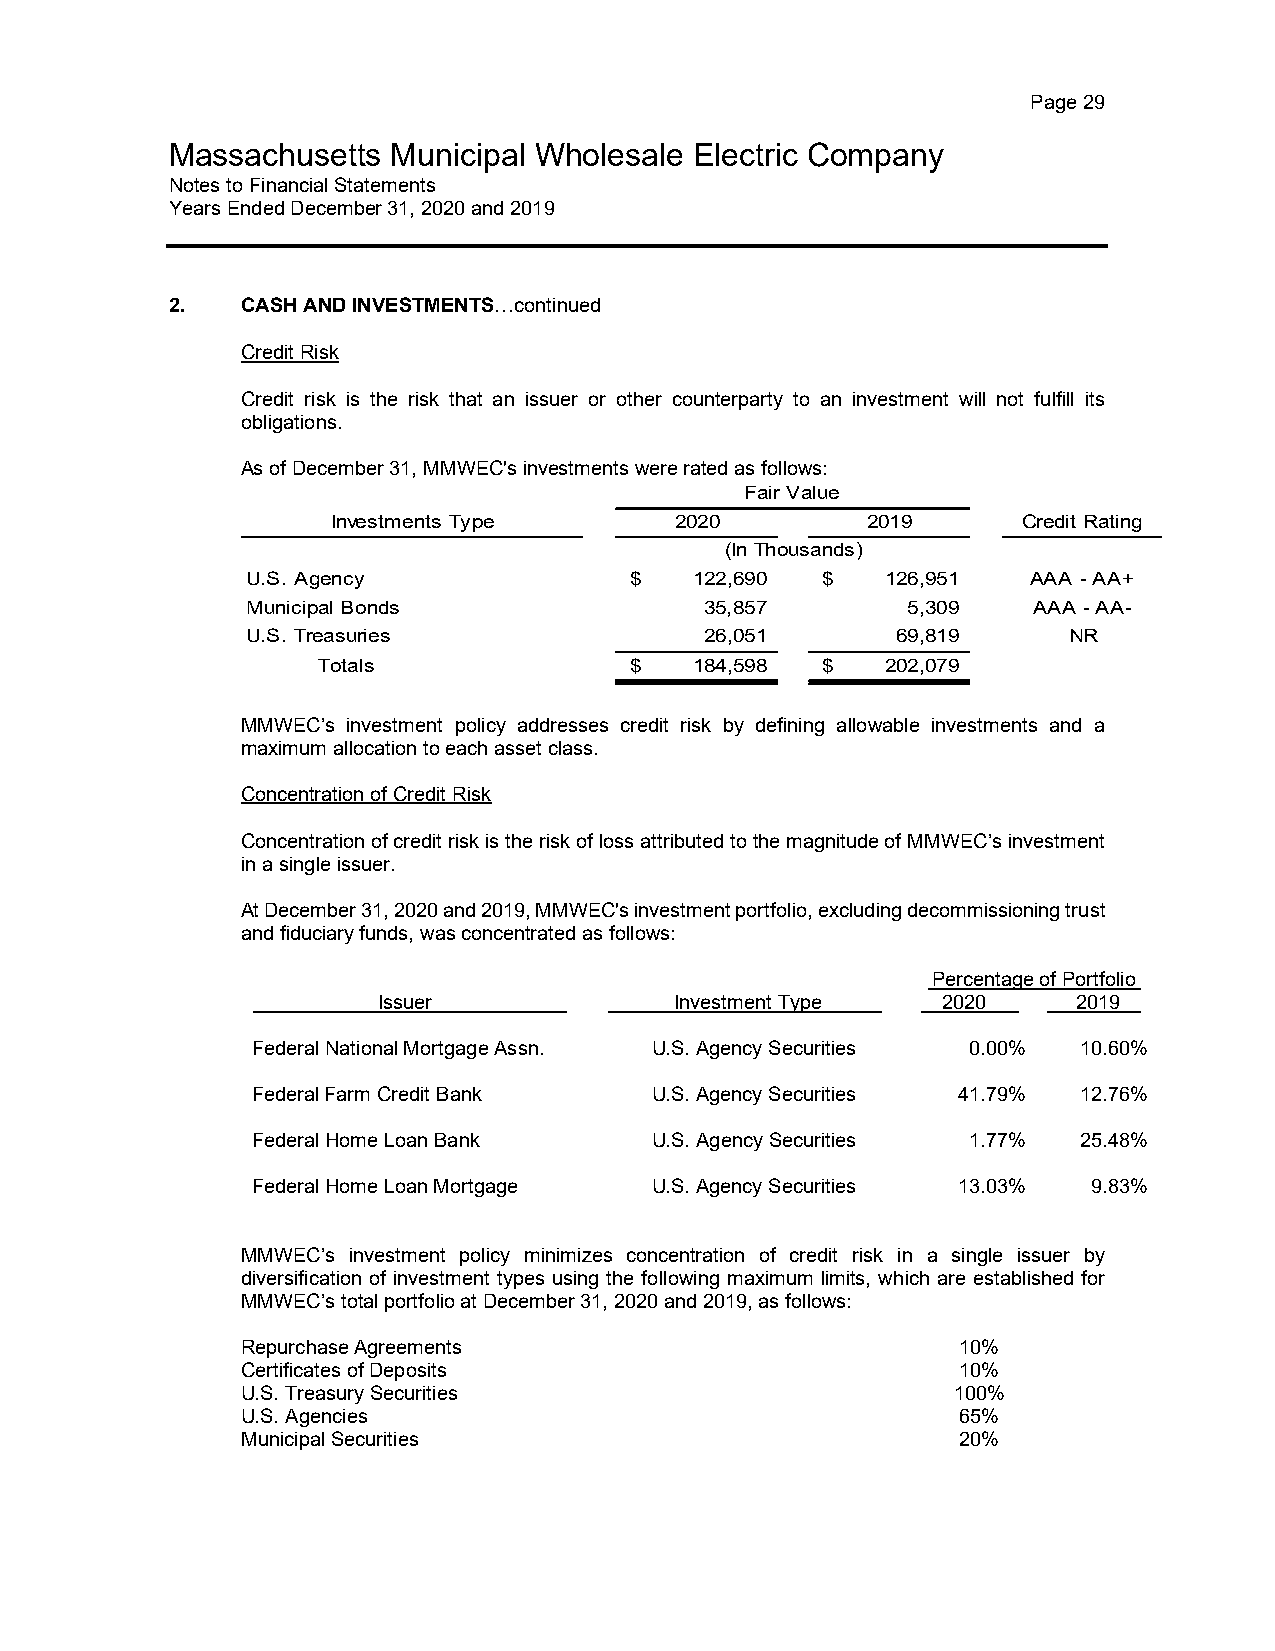
Page 29
 Massachusetts  Municipal Wholesale Electric Company
 Notes to Financial Statements
 Years Ended December 31, 2020 and 2019
 2.   CASH AND INVESTMENTS…continued
 Credit Risk
 Credit risk is the risk that an issuer or other counterparty to an investment will not fulfill its
 obligations.
 As of December 31, MMWEC's investments were rated as follows:
 Fair Value
 Investments Type       2020        2019       Credit Rating
 (In Thousands)
 U.S. Agency               $   1 22,690 $   126,951  AAA - AA+
 Municipal Bonds                3 5,857      5,309   AAA - AA-
 U.S. Treasuries                2 6,051     69,819      NR
 Totals               $   1 84,598 $   202,079
 MMWEC’s investment policy addresses credit risk by defining allowable investments and a
 maximum allocation to each asset class.
 Concentration of Credit Risk
 Concentration of credit risk is the risk of loss attributed to the magnitude of MMWEC’s investment
 in a single issuer.
 At December 31, 2020 and 2019, MMWEC's investment portfolio, excluding decommissioning trust
 and fiduciary funds, was concentrated as follows:
 Percentage of Portfolio
 Issuer              Investment Type  2020     2019
 Federal National Mortgage Assn. U.S. Agency Securities 0.00% 10.60%
 Federal Farm Credit Bank  U.S. Agency Securities 41.79% 12.76%
 Federal Home Loan Bank    U.S. Agency Securities 1.77% 25.48%
 Federal Home Loan Mortgage U.S. Agency Securities 13.03% 9.83%
 MMWEC’s investment policy minimizes concentration of credit risk in a single issuer by
 diversification of investment types using the following maximum limits, which are established for
 MMWEC’s total portfolio at December 31, 2020 and 2019, as follows:
 Repurchase Agreements                          10%
 Certificates of Deposits                       10%
 U.S. Treasury Securities                       100%
 U.S. Agencies                                  65%
 Municipal Securities                           20%